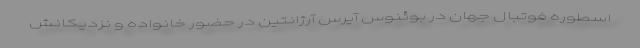
اسطوره فوتبال جهان در بوئنوس آیرس آرژانتین در حضور خانواده و نزدیکانش